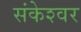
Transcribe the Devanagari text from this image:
संकेश्‍वर